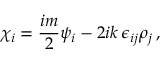
\chi _ { i } = \frac { i m } { 2 } \psi _ { i } - 2 i k \, \epsilon _ { i j } \rho _ { j } \, ,